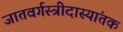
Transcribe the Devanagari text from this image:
जातवर्गस्त्रीदास्यांतक